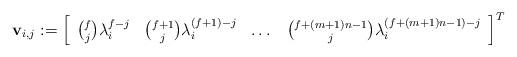
LaTeX: \begin{align*}\mathbf{v}_{i, j} := \left[\begin{array}{cccc}\binom{f}{j}\lambda_i^{f-j} & \binom{f+1}{j}\lambda_i^{(f+1)-j} & \dots & \binom{f+(m+1)n-1}{j}\lambda_i^{(f+(m+1)n-1) - j}\end{array}\right]^T\end{align*}